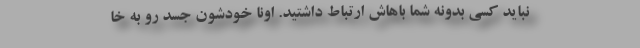
نباید کسی بدونه شما باهاش ارتباط داشتید. اونا خودشون جسد رو به خا